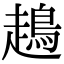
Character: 𧽪